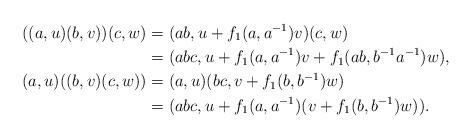
LaTeX: \begin{align*}((a,u)(b,v))(c,w)&= (ab,u+f_1(a,a^{-1})v)(c,w)\\&= (abc,u+f_1(a,a^{-1})v+f_1(ab,b^{-1}a^{-1})w),\\(a,u)((b,v)(c,w))&= (a,u)(bc,v+f_1(b,b^{-1})w)\\&= (abc,u+f_1(a,a^{-1})(v+f_1(b,b^{-1})w)).\end{align*}